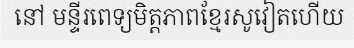
នៅ មន្ទីរពេទ្យមិត្តភាពខ្មែរសូវៀតហើយ